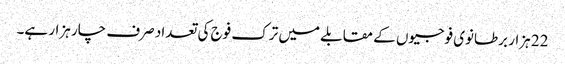
22 ہزار برطانوی فوجیوں کے مقابلے میں ترک فوج کی تعداد صرف چار ہزار ہے۔